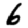
Digit: 6